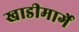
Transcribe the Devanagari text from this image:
खाडीमार्गे